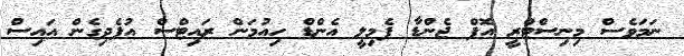
ނަމަވެސް މިނިސްޓްރީ އޮފް ޖެންޑާ ފެމިލީ އެންޑް ހިއުމަން ރައިޓްސް އުފެދިގެން އައިސް